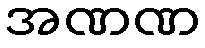
အဏဏ